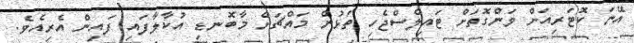
އޭނަ ކޮޓަރިއަށް ވަންގޮތަށް ޓައިލްސްޖެހި ތަޅުން މައްޗަށް މާބޮނޑި އުކާލާފައި ފައިން އެރިއެވެ.